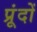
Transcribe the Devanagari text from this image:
प्रूंदों